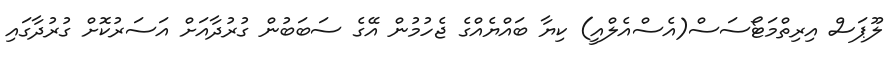
ލޫޕަސް އިރިތްމަޓޯސަސް(އެސްއެލްއީ) ކިޔާ ބައްޔެއްގެ ޖެހުމުން އޭގެ ސަބަބުން ގުރުދާއަށް އަސަރުކޮށް ގުރުދާގައި